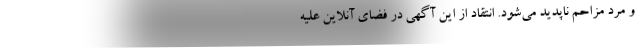
و مرد مزاحم ناپدید می‌شود. انتقاد از این آگهی در فضای آنلاین علیه